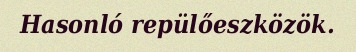
Hasonló repülőeszközök.